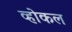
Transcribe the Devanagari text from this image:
व्होकल